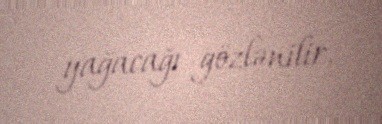
yağacağı gözlənilir.